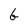
Character: G